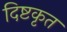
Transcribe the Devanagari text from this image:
दिष्टकृत